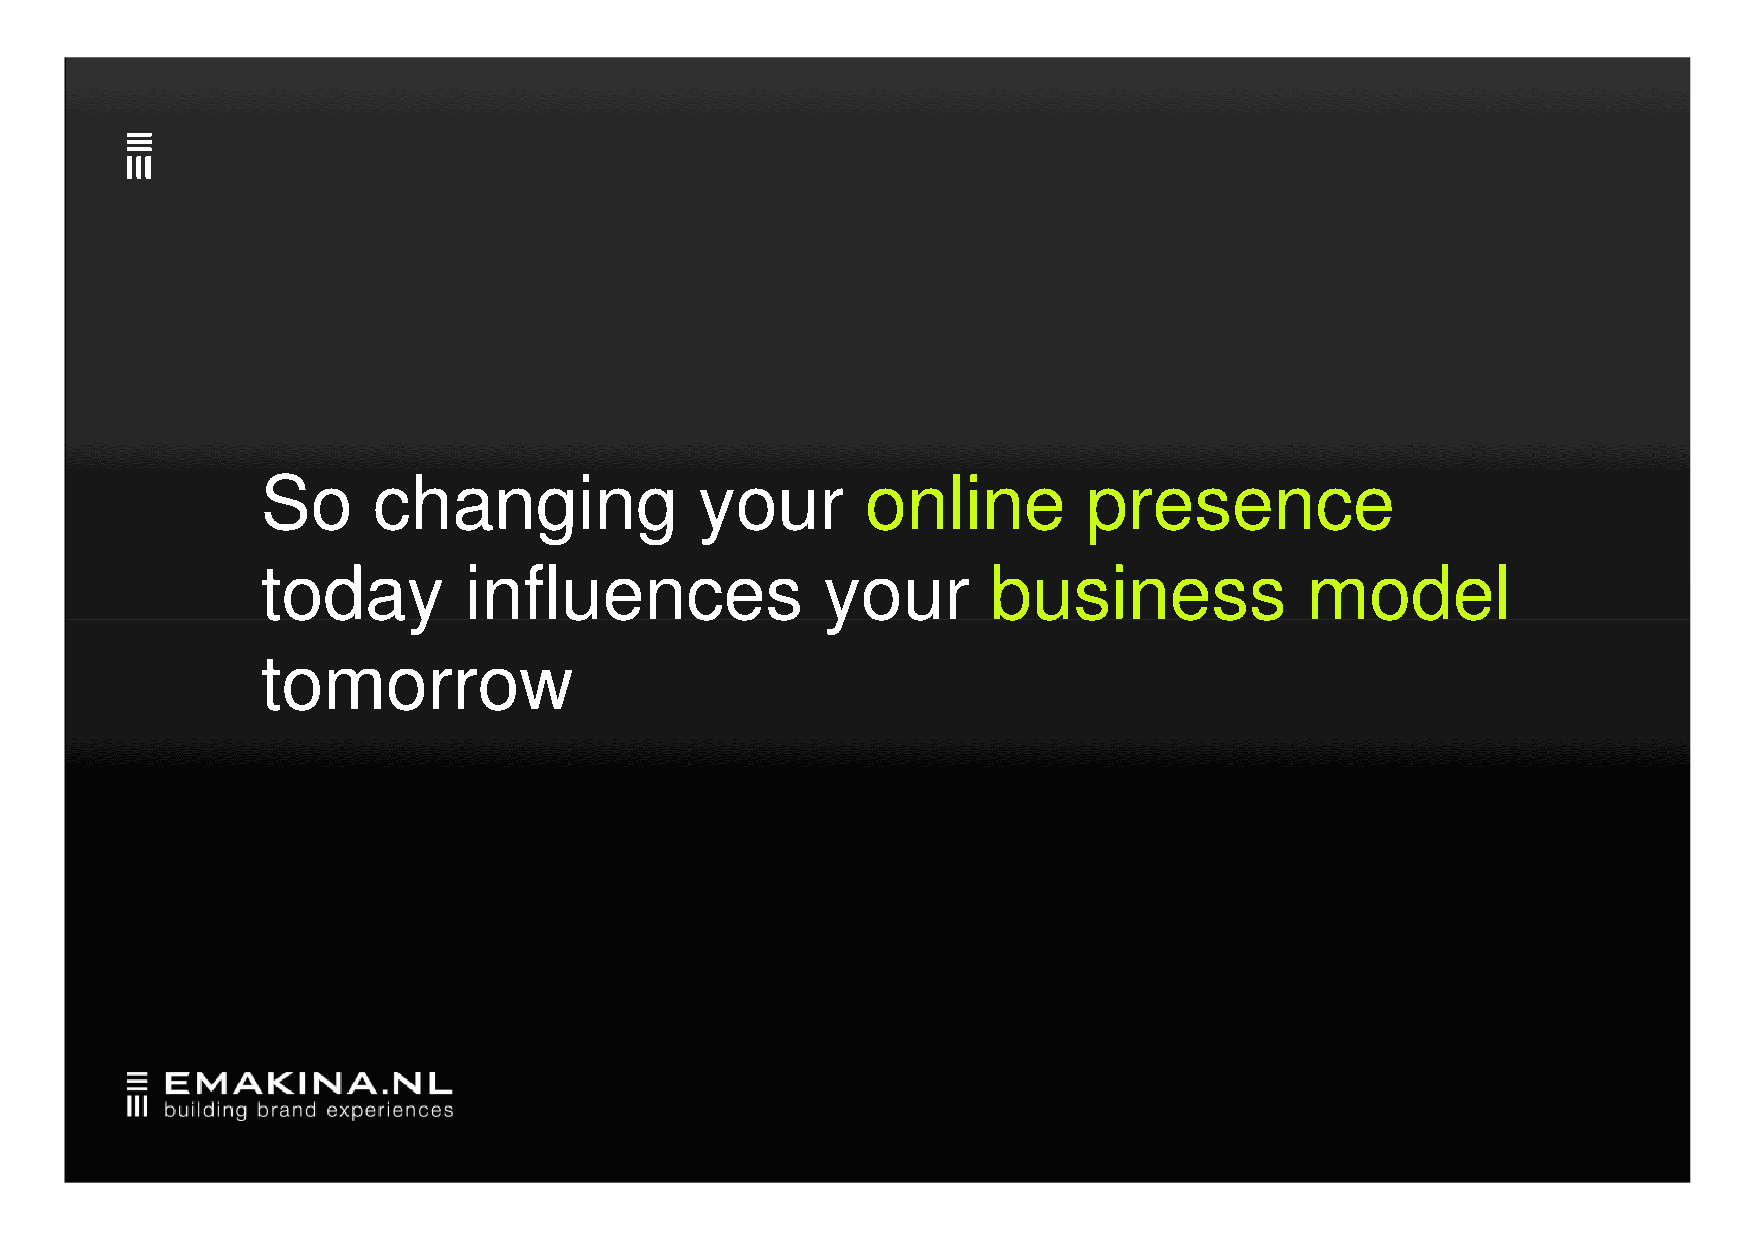
So      changing             your       online         presence
 ttooddaayy    iinnfflluueenncceess   yyoouurr    bbuussiinneessss    mmooddeell
 tomorrow